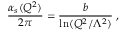
{ \frac { \alpha _ { s } ( Q ^ { 2 } ) } { 2 \pi } } = { \frac { b } { \ln ( Q ^ { 2 } / \Lambda ^ { 2 } ) } } \; ,